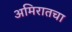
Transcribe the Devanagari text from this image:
अमिरातचा